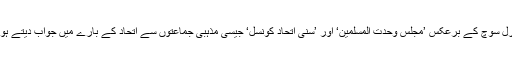
پاکستان کے نجی ٹی وی چینل ’اے آر وائی کے پروگرام میں گفتگو کرتے ہوئے سابق صدر نے اپنی لبرل سوچ کے برعکس ’مجلسِ وحدت المسلمین‘ اور ’سنی اتحاد کونسل‘ جیسی مذہبی جماعتوں سے اتحاد کے بارے میں جواب دیتے ہوئے کہا،’’وہ ترقی پسند خیال کے حامی ہیں لیکن اس کا مطلب یہ نہیں وہ مذہبی جماعتوں کے خلاف ہیں۔